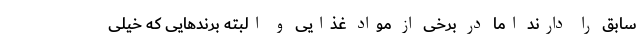
سابق را دارند اما در برخی از مواد غذایی و البته‌ برندهایی که خیلی